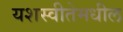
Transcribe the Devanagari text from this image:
यशस्वीतेमधील